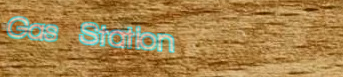
Gas Station